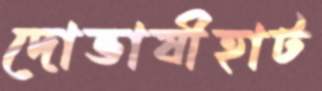
দোভাষীহাট